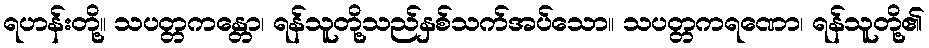
ရဟန်းတို့။ သပတ္တကန္တော၊ ရန်သူတို့သည်နှစ်သက်အပ်သော။ သပတ္တကရဏော၊ ရန်သူတို့၏